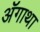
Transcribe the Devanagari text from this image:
ॲगाथा